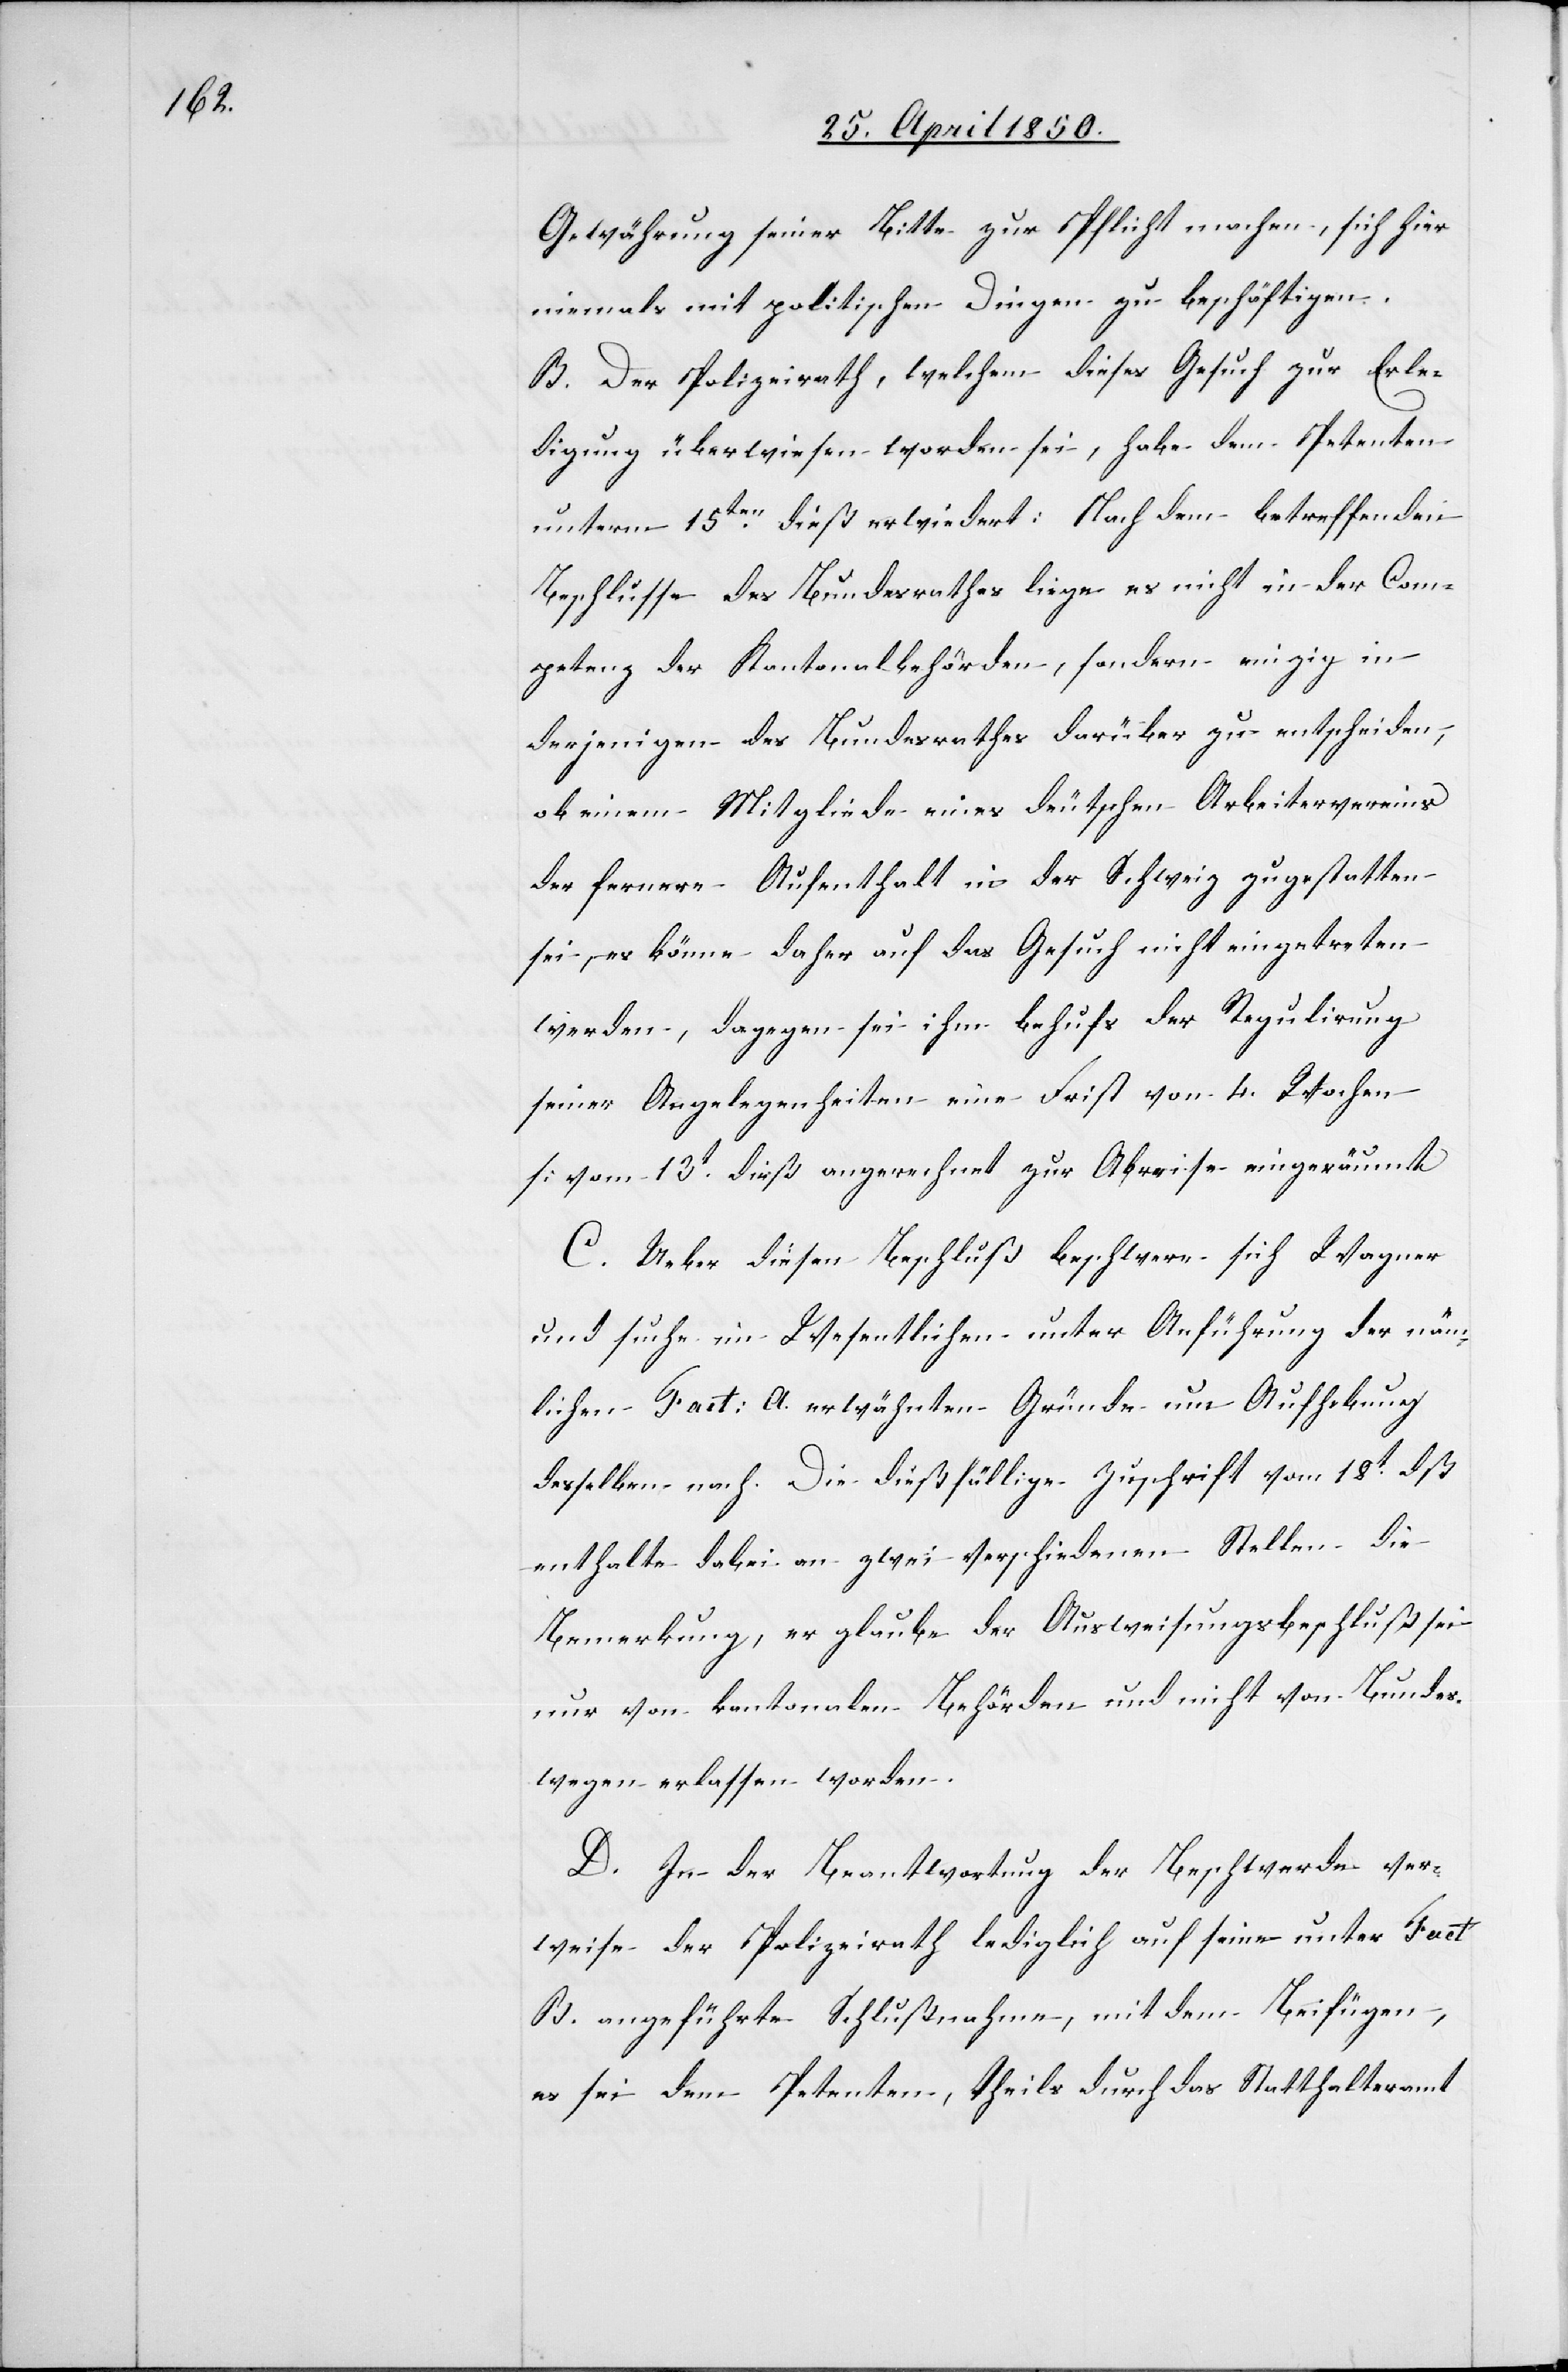
Gewährung seiner Bitte zur Pflicht machen, sich hier
niemals mit politischen Dingen zu beschäftigen.
B. Der Polizeirath, welchem dieses Gesuch zur Erle¬
digung überwiesen worden sei, habe dem Petenten
unterm 15ten dieß erwiedert: Nach dem betreffenden
Beschlusse des Bundesrathes liege es nicht in der Com¬
petenz der Kantonalbehörden, sondern einzig in
derjenigen des Bundesrathes darüber zu entscheiden,
ob einem Mitgliede eines deutschen Arbeitervereins
der fernere Aufenthalt in der Schweiz zu gestatten
sei, es könne daher auf das Gesuch nicht eingetreten
werden, dagegen sei ihm behufs der Regulirung
seiner Angelegenheiten eine Frist von 4. Wochen
[vom 13t dieß angerechnet[]] zur Abreise eingeräumt
C. Ueber diesen Beschluß beschwere sich Wagner
und suche im Wesentlichen unter Anführung der näm¬
lichen [unter] Fact: A. erwähnten Gründe um Aufhebung
desselben nach. Die dießfällige Zuschrift vom 18t dß
enthalte dabei an zwei verschiedenen Stellen die
Bemerkung, er glaube der Ausweisungsbeschluß sei
nur von kantonalen Behörden und nicht von Bundes¬
wegen erlassen worden.
D. In der Beantwortung der Beschwerde ver¬
weise der Polizeirath lediglich auf seine unter Fact
B. angeführte Schlußnahme, mit dem Beifügen,
es sei dem Petenten, theils durch das Statthalteramt